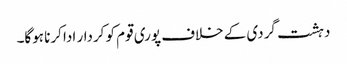
دہشت گردی کے خلاف پوری قوم کو کردار ادا کرنا ہوگا۔